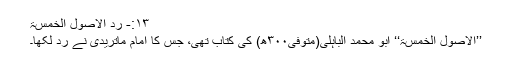
۱۳:- ردّ الأصول الخمسۃ
’’الأصول الخمسۃ‘‘ ابو محمد الباہلی(متوفیٰ۳۰۰ھ) کی کتاب تھی، جس کا امام ماتریدیؒ نے رد لکھا۔